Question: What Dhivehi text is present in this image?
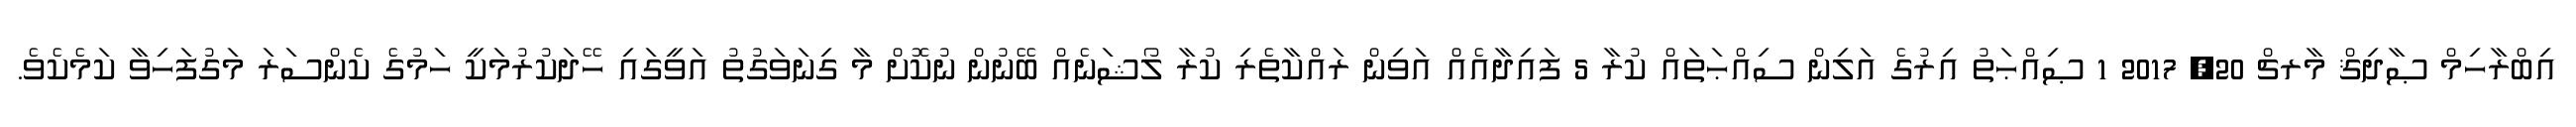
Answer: އިބްރާހިމް ޞާދިޤް މާރޗް 20, 2017 1 ޞިއްޙަތު އިރުގެ އަލިން ސިއްޙަތައް ކުރާ 5 ފައިދާއެއް އަވިން ރައްކާތެރި ކުރާ ލޯޝަނެއް ބޭނުން ނުކޮށް މާ ގިނަވަގުތު އަވީގައި ހޭދަކުރުމަކީ ހަމުގެ ކެންސަރަ މަގުފަހިވާ ކަމެކެވެ.